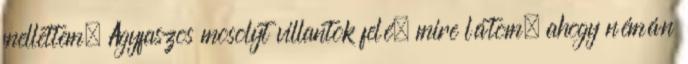
mellettem. Agyfaszos mosolyt villantok felé, mire látom, ahogy némán